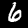
Label: 6